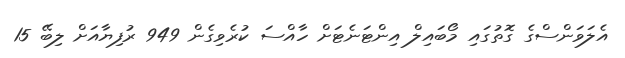
އެލަވަންސްގެ ގޮތުގައި މޯބައިލް އިންޓަނެޓަށް ހާއްސަ ކުރެވިގެން 949 ރުފިޔާއަށް ލިބޭ 15